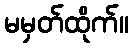
မမှတ်ထိုက်။